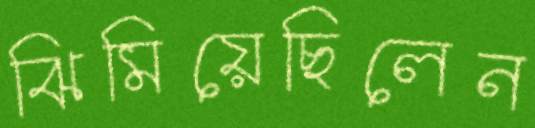
ঝিমিয়েছিলেন